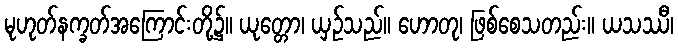
မုဟုတ်နက္ခတ်အကြောင်းတို့၌။ ယုတ္တော၊ ယှဉ်သည်။ ဟောတု၊ ဖြစ်စေသတည်း။ ယသဿီ၊